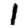
Digit: 1